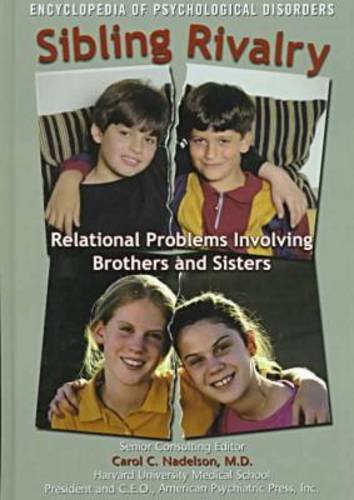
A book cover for Sibling Rivalry (Psy) (Encyclopedia of Psychological Disorders); Ann Holmes; Teen & Young Adult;